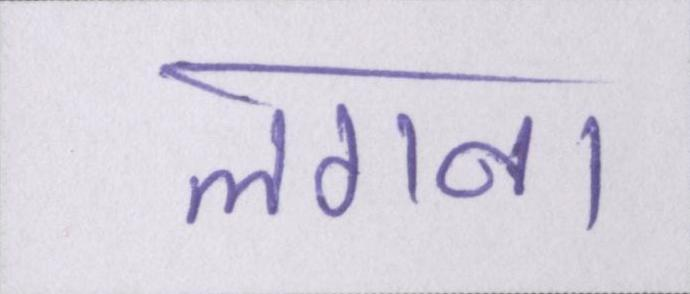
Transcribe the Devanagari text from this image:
लगना